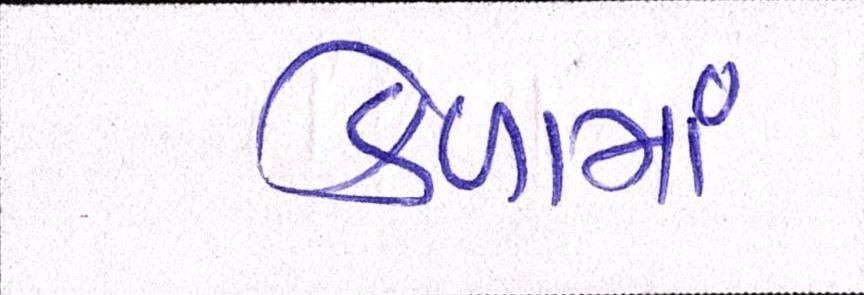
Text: કેળામાં